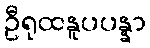
ဦရုထနူပပန္နာ